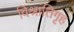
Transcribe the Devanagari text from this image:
विश्रांतिगृह